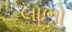
લાભો